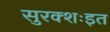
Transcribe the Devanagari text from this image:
सुरक्शःइत